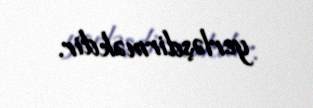
yerləşdirməkdir.